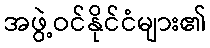
အဖွဲ့ဝင်နိုင်ငံများ၏